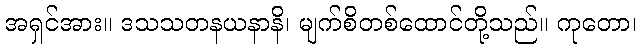
အရှင်အား။ ဒသသတနယနာနိ၊ မျက်စိတစ်ထောင်တို့သည်။ ကုတော၊